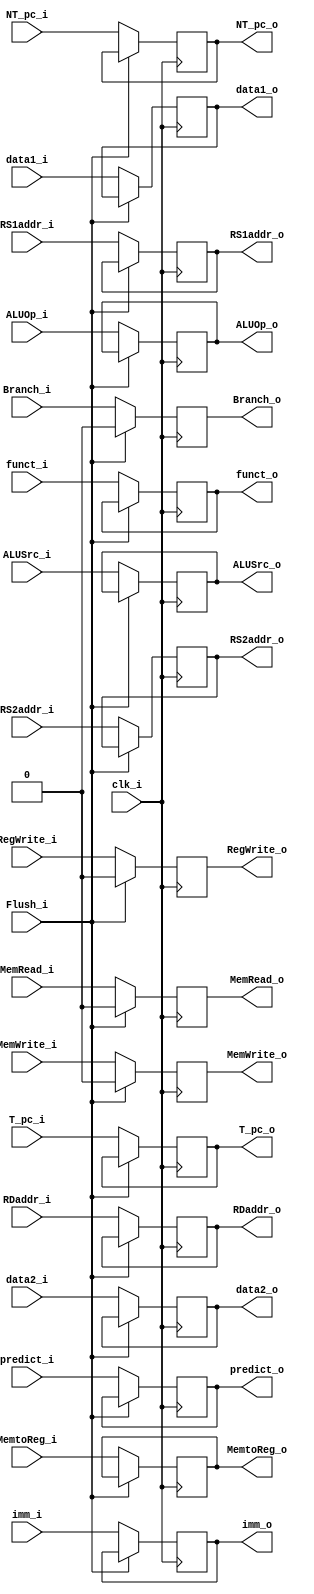
module ID_EX
(
    clk_i,
    Flush_i,

    RegWrite_i,
    MemtoReg_i,
    MemRead_i,
    MemWrite_i,
    ALUOp_i,
    ALUSrc_i,
    Branch_i,

    T_pc_i,
    NT_pc_i,
    predict_i,

    data1_i,
    data2_i,
    imm_i,
    funct_i,
    RS1addr_i,
    RS2addr_i,
    RDaddr_i,


    RegWrite_o,
    MemtoReg_o,
    MemRead_o,
    MemWrite_o,
    ALUOp_o,
    ALUSrc_o,
    Branch_o,

    T_pc_o,
    NT_pc_o,
    predict_o,

    data1_o,
    data2_o,
    imm_o,
    funct_o,
    RS1addr_o,
    RS2addr_o,
    RDaddr_o,
);

input  clk_i, Flush_i, RegWrite_i, MemtoReg_i, MemRead_i, MemWrite_i, ALUSrc_i, Branch_i;
input  predict_i;
input [31:0] data1_i, data2_i, imm_i, T_pc_i, NT_pc_i;
input [1:0] ALUOp_i;
input [9:0] funct_i;
input [4:0] RS1addr_i, RS2addr_i, RDaddr_i;

output reg RegWrite_o = 0, MemtoReg_o, MemRead_o, MemWrite_o = 0, ALUSrc_o, Branch_o = 0;
output reg predict_o;
output reg [31:0] data1_o, data2_o, imm_o, T_pc_o, NT_pc_o;
output reg [1:0] ALUOp_o;
output reg [9:0] funct_o;
output reg [4:0] RS1addr_o, RS2addr_o, RDaddr_o;

always @ (posedge clk_i) begin
    if (!Flush_i) begin
        MemtoReg_o <= MemtoReg_i;
        MemRead_o <= MemRead_i;
        MemWrite_o <= MemWrite_i;
        ALUOp_o <= ALUOp_i;
        ALUSrc_o <= ALUSrc_i;
        Branch_o <= Branch_i;
        T_pc_o <= T_pc_i;
        NT_pc_o <= NT_pc_i;
        predict_o <= predict_i;
        data1_o <= data1_i;
        data2_o <= data2_i;
        imm_o <= imm_i;
        funct_o <= funct_i;
        RS1addr_o <= RS1addr_i;
        RS2addr_o <= RS2addr_i;
        RDaddr_o <= RDaddr_i;
        RegWrite_o <= RegWrite_i;
    end
    else begin
        MemRead_o <= 0;
        MemWrite_o <= 0;
        Branch_o <= 0;
        RegWrite_o <= 0;
    end


end

endmodule